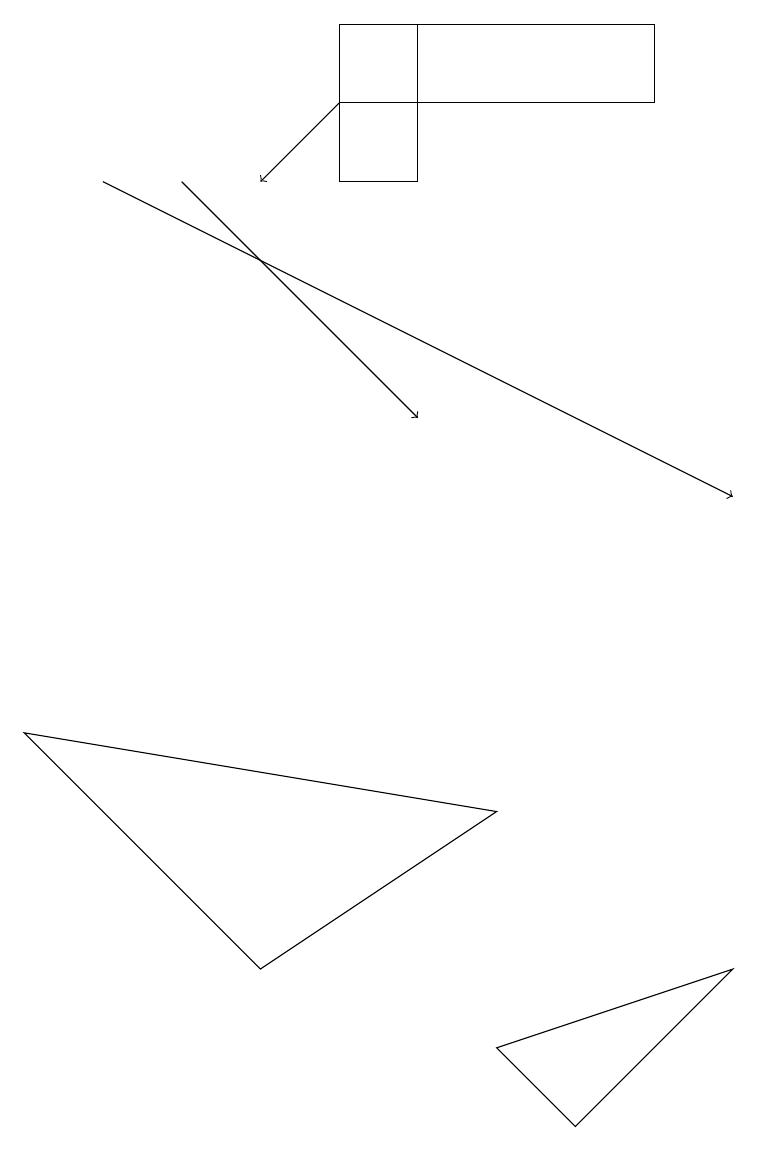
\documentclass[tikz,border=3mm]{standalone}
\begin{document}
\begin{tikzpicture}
\draw[->] (4,15) -- (3,14);
\draw[->] (2,14) -- (5,11);
\draw (5,14) rectangle (4,16);
\draw (4,15) rectangle (8,16);
\draw (0,7) -- (6,6) -- (3,4) -- cycle;
\draw (9,4) -- (7,2) -- (6,3) -- cycle;
\draw[->] (1,14) -- (9,10);
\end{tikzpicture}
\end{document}